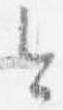
今